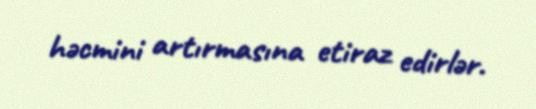
həcmini artırmasına etiraz edirlər.